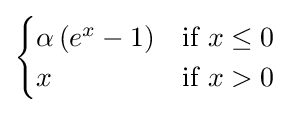
{\begin{cases}\alpha \left(e^{x}-1\right)&{\text{if }}x\leq 0\\x&{\text{if }}x>0\end{cases}}